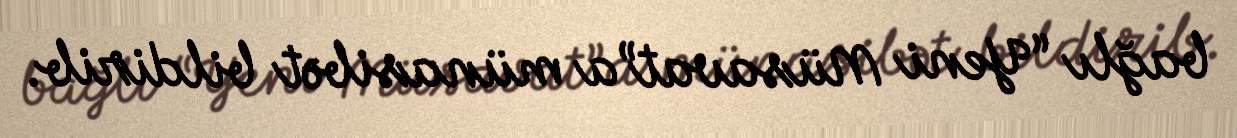
bağlı “Yeni Müsavat”a münasibət bildirib.